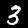
Label: 3